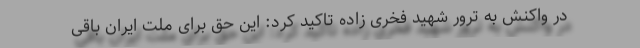
در واکنش به ترور شهید فخری زاده تاکید کرد: این حق برای ملت ایران باقی